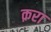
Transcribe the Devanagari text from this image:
क़रा